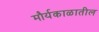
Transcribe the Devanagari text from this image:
मौर्यकाळातील